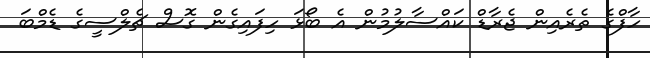
ހާފްގެ ތެރެއިން ޖެރާޑް ކައްސާލުމުން އެ ބޯޅަ ހިފައިގެން ގޮސް ޗެލްސީގެ ޑެމްބަ